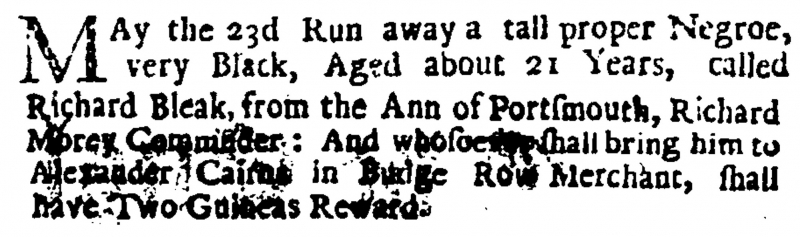
English Post with News Foreign and Domestick, 28 May 1701 (England)
MAy the 23d Run away a tall proper Negroe, very Black, Aged about 21 Years, called Richard Bleak, from the Ann of Portsmouth, Richard Morey Commader: And whosoever shall bring him to Alexander Cairns in Budge Row Merchant, shall have Two Guineas Reward.